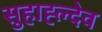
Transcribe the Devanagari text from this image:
सुहाह्ल्देव